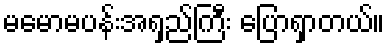
မမောမပန်းအရှည်ကြီး ပြောရှာတယ်။